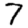
Digit: 7